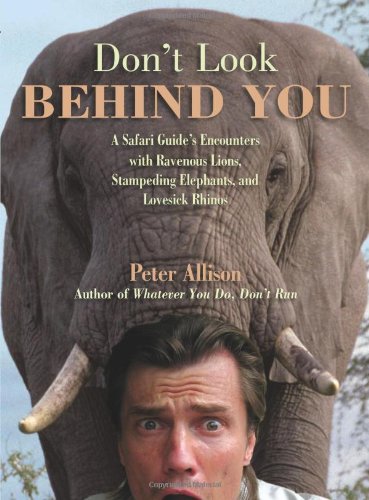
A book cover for Don't Look Behind You!: A Safari Guide's Encounters With Ravenous Lions, Stampeding Elephants, And Lovesick Rhinos; Peter Allison; Biographies & Memoirs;